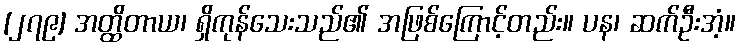
[၂၇၉] အတ္ထိတာယ၊ ရှိကုန်သေးသည်၏ အဖြစ်ကြောင့်တည်း။ ပန၊ ဆက်ဦးအံ့။